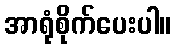
အာရုံစိုက်ပေးပါ။